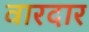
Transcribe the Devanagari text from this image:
वारदार